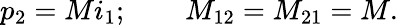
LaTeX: p_{2}=Mi_{1};\qquad M_{12}=M_{21}=M.